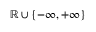
\mathbb { R } \cup \{ - \infty , + \infty \}